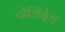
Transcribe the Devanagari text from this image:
पोशिंदेच